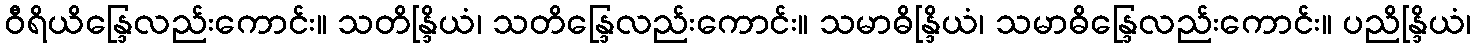
ဝီရိယိန္ဒြေလည်းကောင်း။ သတိန္ဒြိယံ၊ သတိန္ဒြေလည်းကောင်း။ သမာဓိန္ဒြိယံ၊ သမာဓိန္ဒြေလည်းကောင်း။ ပညိန္ဒြိယံ၊